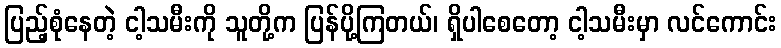
ပြည့်စုံနေတဲ့ ငါ့သမီးကို သူတို့က ပြန်ပို့ကြတယ်၊ ရှိပါစေတော့ ငါ့သမီးမှာ လင်ကောင်း